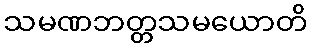
သမဏဘတ္တသမယောတိ